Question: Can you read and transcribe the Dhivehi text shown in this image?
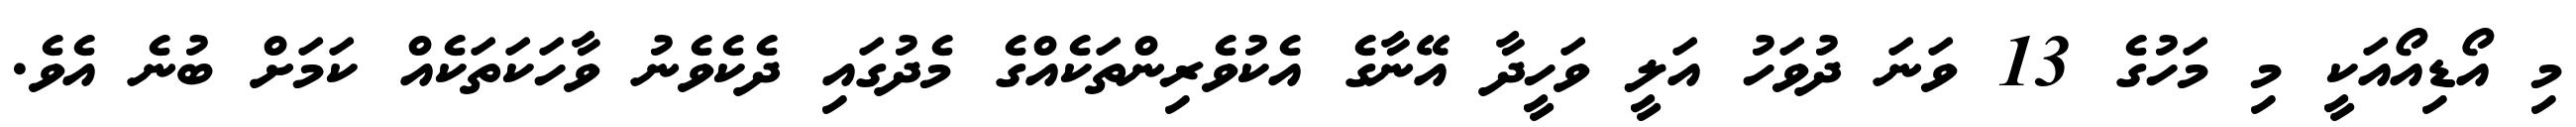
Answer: މި އޯޑިއޯއަކީ މި މަހުގެ 13 ވަނަ ދުވަހު އަލީ ވަހީދާ އޭނާގެ އެކުވެރިންތަކެއްގެ މެދުގައި ދެކެވެނު ވާހަކަތަކެއް ކަމަށް ބުނެ އެވެ.